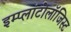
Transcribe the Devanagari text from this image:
इम्प्लांटोलॉजिस्ट